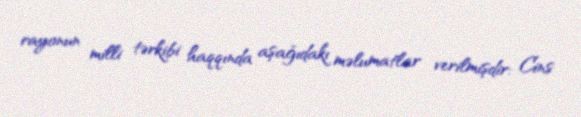
rayonun milli tərkibi haqqında aşağıdakı məlumatlar verilmişdir: Cins